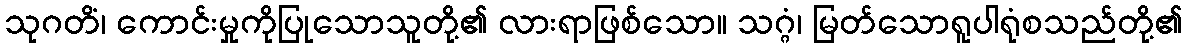
သုဂတိံ၊ ကောင်းမှုကိုပြုသောသူတို့၏ လားရာဖြစ်သော။ သဂ္ဂံ၊ မြတ်သောရူပါရုံစသည်တို့၏